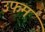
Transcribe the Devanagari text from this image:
उफम